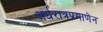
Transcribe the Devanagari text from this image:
अर्धरात्रप्रमाणेन